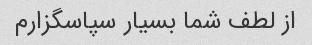
از لطف شما بسیار سپاسگزارم